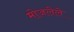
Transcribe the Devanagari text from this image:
मोजलेले